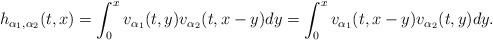
LaTeX: \begin{align*}h_{\alpha_{1}, \alpha_{2}}(t, x) = \int_{0}^{x} v_{\alpha_{1}}(t, y) v_{\alpha_{2}}(t, x-y) dy = \int_{0}^{x} v_{\alpha_{1}}(t, x-y) v_{\alpha_{2}}(t, y) dy.\end{align*}